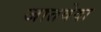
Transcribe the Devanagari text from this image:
जातवेदा